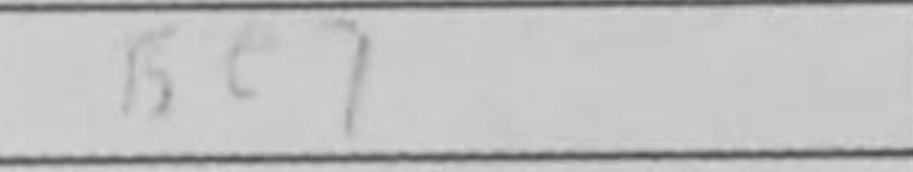
Transcription: Be7